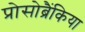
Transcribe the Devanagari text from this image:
प्रोसोब्रैंकिया